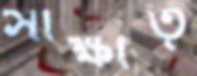
সাক্ষাত্